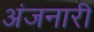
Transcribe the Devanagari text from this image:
अंजनारी